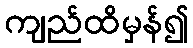
ကျည်ထိမှန်၍